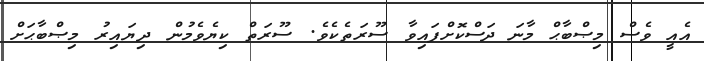
އެއީ ވެސް މިޞްބާޙް މާނަ ދަސްކޮށްފައިވާ ސޫރަތެކެވެ. ސޫރަތް ކިޔެވެމުން ދިޔައިރު މިޞްބާޙަށް